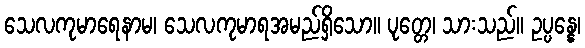
သေလကုမာရေနာမ၊ သေလကုမာရအမည်ရှိသော။ ပုတ္တေ၊ သားသည်။ ဥပ္ပန္နေ၊